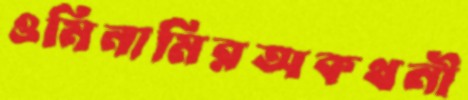
ওমিনামিরঅকথনী